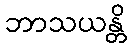
ဘာသယန္တိ